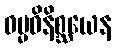
ဓမ္မဝိနိစ္ဆယေန